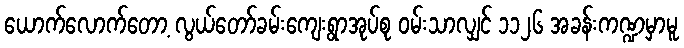
ယောက်လောက်တော့ လွယ်တော်ခမ်းကျေးရွာအုပ်စု ဝမ်းသာလျှင် ၁၁၂၆ အခန်းကဏ္ဍမှာမူ